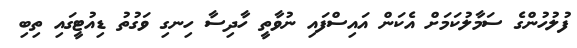
ފުލުހުންގެ ސަމާލުކަމަށް އެކަން އައިސްފައި ނުވާތީ ހާދިސާ ހިނގި ވަގުތު ޑިއުޓީގައި ތިބި